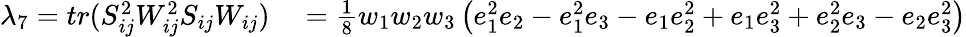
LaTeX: \begin{array}{rl}{\lambda_{7}=tr(S_{ij}^{2}W_{ij}^{2}S_{ij}W_{ij})}&{{}=\frac 18w_{1}w_{2}w_{3}\left(e_{1}^{2}e_{2}-e_{1}^{2}e_{3}-e_{1}e_{2}^{2}+e_{1}e_{3}^{2}+e_{2}^{2}e_{3}-e_{2}e_{3}^{2}\right)}\end{array}